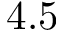
4 . 5